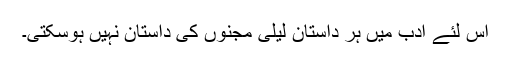
اس لئے ادب میں ہر داستان لیٰلی مجنوں کی داستان نہیں ہوسکتی۔